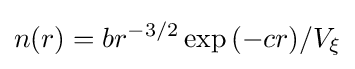
n(r)=br^{-3/2}\exp {(-cr)}/V_{\xi }